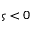
\varsigma < 0